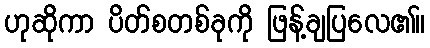
ဟုဆိုကာ ပိတ်စတစ်ခုကို ဖြန့်ချပြလေ၏။